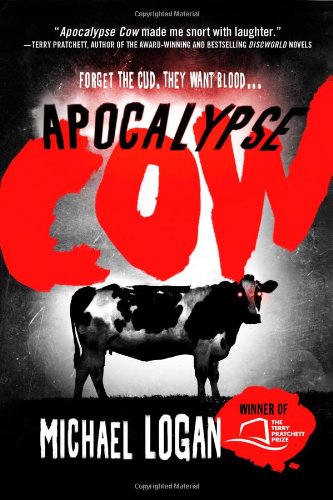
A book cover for Apocalypse Cow; Michael Logan; Literature & Fiction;